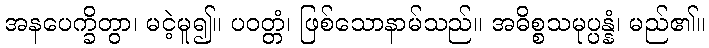
အနပေက္ခိတွာ၊ မငဲ့မူ၍။ ပဝတ္တံ၊ ဖြစ်သောနာမ်သည်။ အဓိစ္စသမုပ္ပန္နံ၊ မည်၏။